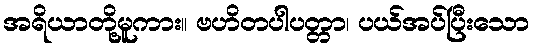
အရိယာတို့မူကား။ ဗဟိတပါပတ္တာ၊ ပယ်အပ်ပြီးသော